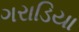
ગરાડિયા